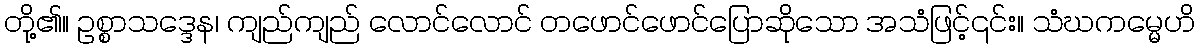
တို့၏။ ဥစ္စာသဒ္ဒေန၊ ကျည်ကျည် လောင်လောင် တဖောင်ဖောင်ပြောဆိုသော အသံဖြင့်၎င်း။ သံဃကမ္မေဟိ